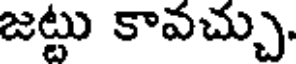
జట్టు కావచ్చు.